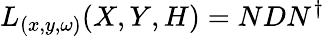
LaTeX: L_{(x,y,\omega)}(X,Y,H)=NDN^{\dagger}